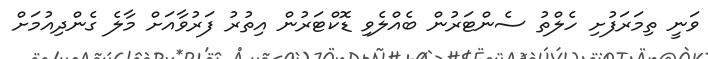
ވަނީ ތިމަރަފުށި ހެލްތު ސެންޓަރުން ބެއްލެވި ޑޮކްޓަރުން އިތުރު ފަރުވާއަށް މާލެ ގެންދިއުމަށް